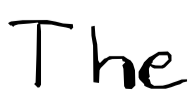
Text: The
Cross-out: clean
Writing tool: digital_black